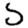
Digit: 5